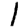
Digit: 1